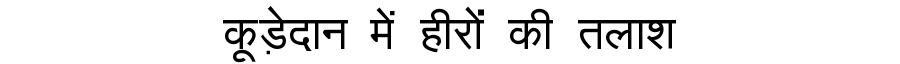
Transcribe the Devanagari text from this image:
कूड़ेदान में हीरों की तलाश